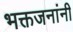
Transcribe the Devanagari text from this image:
भक्तजनांनी